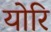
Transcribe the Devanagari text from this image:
योरि